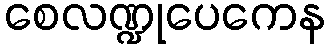
စေလဏ္ဍုပေကေန